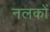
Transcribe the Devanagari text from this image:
नलकों